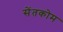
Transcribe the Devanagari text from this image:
सेंतकोम